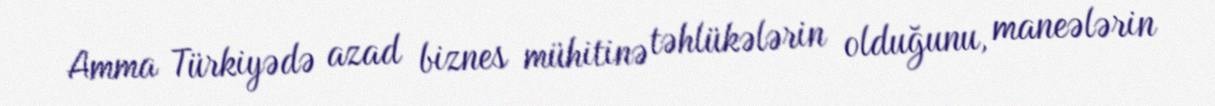
Amma Türkiyədə azad biznes mühitinə təhlükələrin olduğunu, maneələrin